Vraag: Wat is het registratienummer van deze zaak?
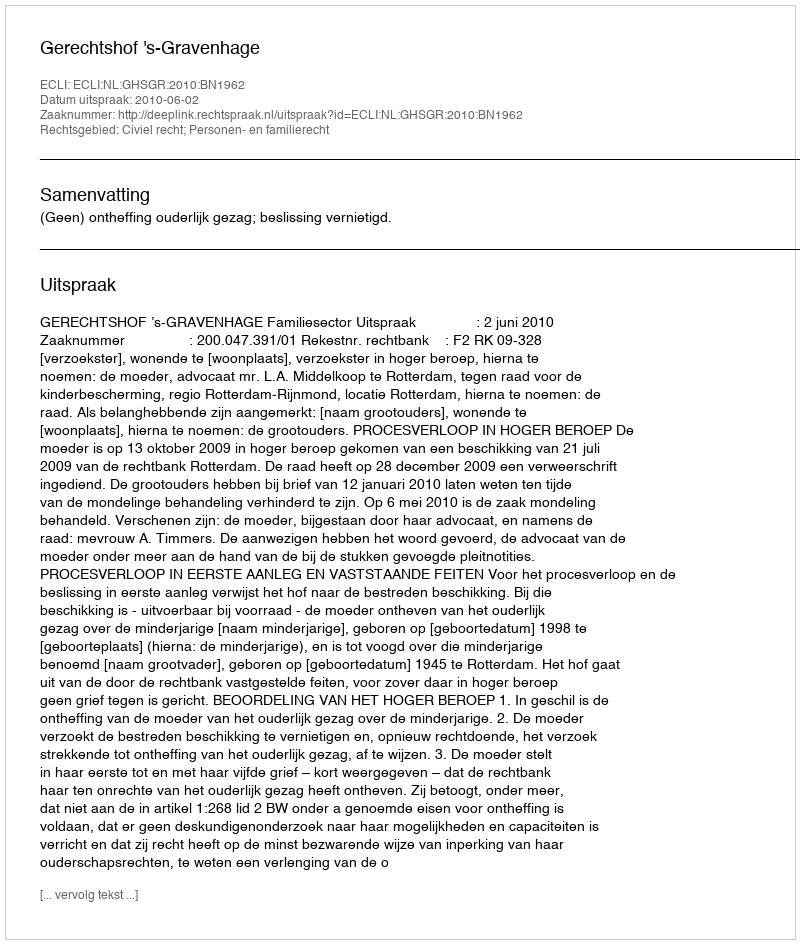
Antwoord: http://deeplink.rechtspraak.nl/uitspraak?id=ECLI:NL:GHSGR:2010:BN1962